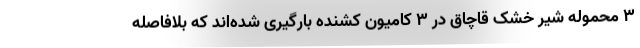
۳ محموله شیر خشک قاچاق در ۳ کامیون کشنده بارگیری شده‌اند که بلافاصله